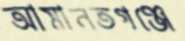
আমানতগঞ্জে